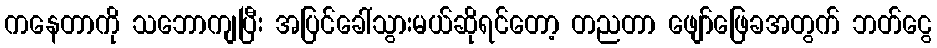
ကနေတာကို သဘောကျပြီး အပြင်ခေါ်သွားမယ်ဆိုရင်တော့ တညတာ ဖျော်ဖြေခအတွက် ဘတ်ငွေ